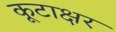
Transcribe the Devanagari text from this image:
कूटाक्षर